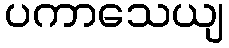
ပကာသေယျ